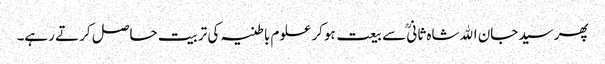
پھر سیدجان اﷲشاہ ثانیؒ سے بیعت ہوکر علوم باطنیہ کی تربیت حاصل کرتے رہے۔